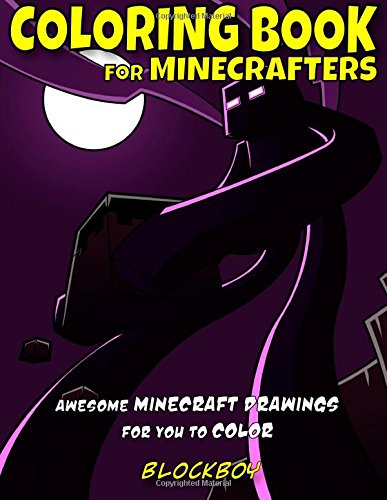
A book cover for Coloring Book for Minecrafters: Awesome Minecraft Drawings for You to Color; BlockBoy; Children's Books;